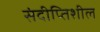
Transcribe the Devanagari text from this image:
संदीप्तिशील